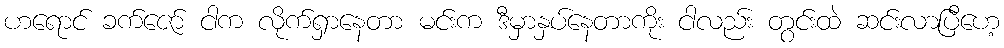
ဟရောင် ခက်ဇော် ငါက လိုက်ရှာနေတာ မင်းက ဒီမှာနှပ်နေတာကိုး ငါလည်း တွင်းထဲ ဆင်းလာပြီဟေ့